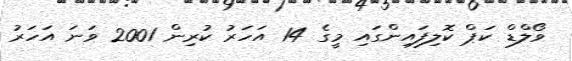
ވޯލްޑް ކަޕް ކޮލިފައިންގައި މީގެ 14 އަހަރު ކުރިން 2001 ވަނަ އަހަރު